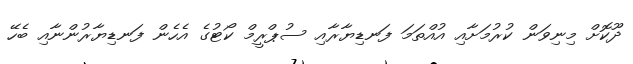
ދޫކޮށް މިނިވަން ކުރުމަށާއި އުއްތަމަ ފަނޑިޔާރާއި ސުޕްރީމް ކޯޓުގެ އެހެން ފަނޑިޔާރުންނާއި ބެހޭ